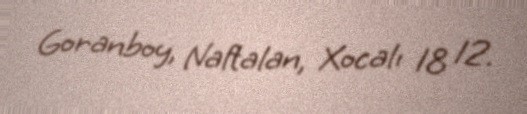
Goranboy, Naftalan, Xocalı 18 12.